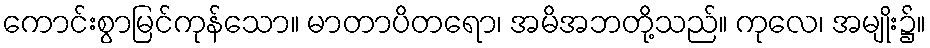
ကောင်းစွာမြင်ကုန်သော။ မာတာပိတရော၊ အမိအဘတို့သည်။ ကုလေ၊ အမျိုး၌။